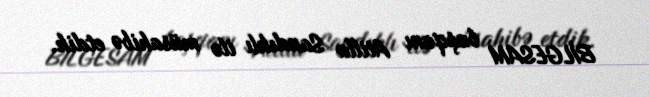
BİLGESAM başqanı Atilla Sandıklı ilə müsahibə etdik.